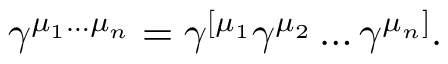
\gamma ^ { \mu _ { 1 } \ldots \mu _ { n } } = \gamma ^ { [ \mu _ { 1 } } \gamma ^ { \mu _ { 2 } } \ldots \gamma ^ { \mu _ { n } ] } .